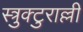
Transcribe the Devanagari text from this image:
स्त्रुक्टुराल्ली